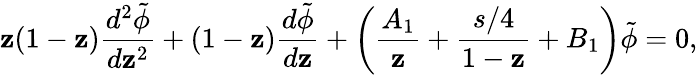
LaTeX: \mathbf{z}(1-\mathbf{z}){\frac{{d^{2}\tilde{{\phi}}}}{{d\mathbf{z}^{2}}}}+(1-\mathbf{z}){\frac{{d\tilde{{\phi}}}}{{d\mathbf{z}}}}+\left({\frac{{A_{1}}}{{\mathbf{z}}}}+{\frac{{s/4}}{{1-\mathbf{z}}}}+B_{1}\right)\tilde{{\phi}}=0,